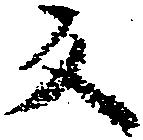
反